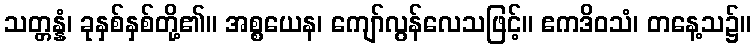
သတ္တန္နံ၊ ခုနှစ်နှစ်တို့၏။ အစ္စယေန၊ ကျော်လွန်လေသဖြင့်။ ဧကဒိဝသံ၊ တနေ့သ၌။